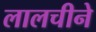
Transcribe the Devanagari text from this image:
लालचीने